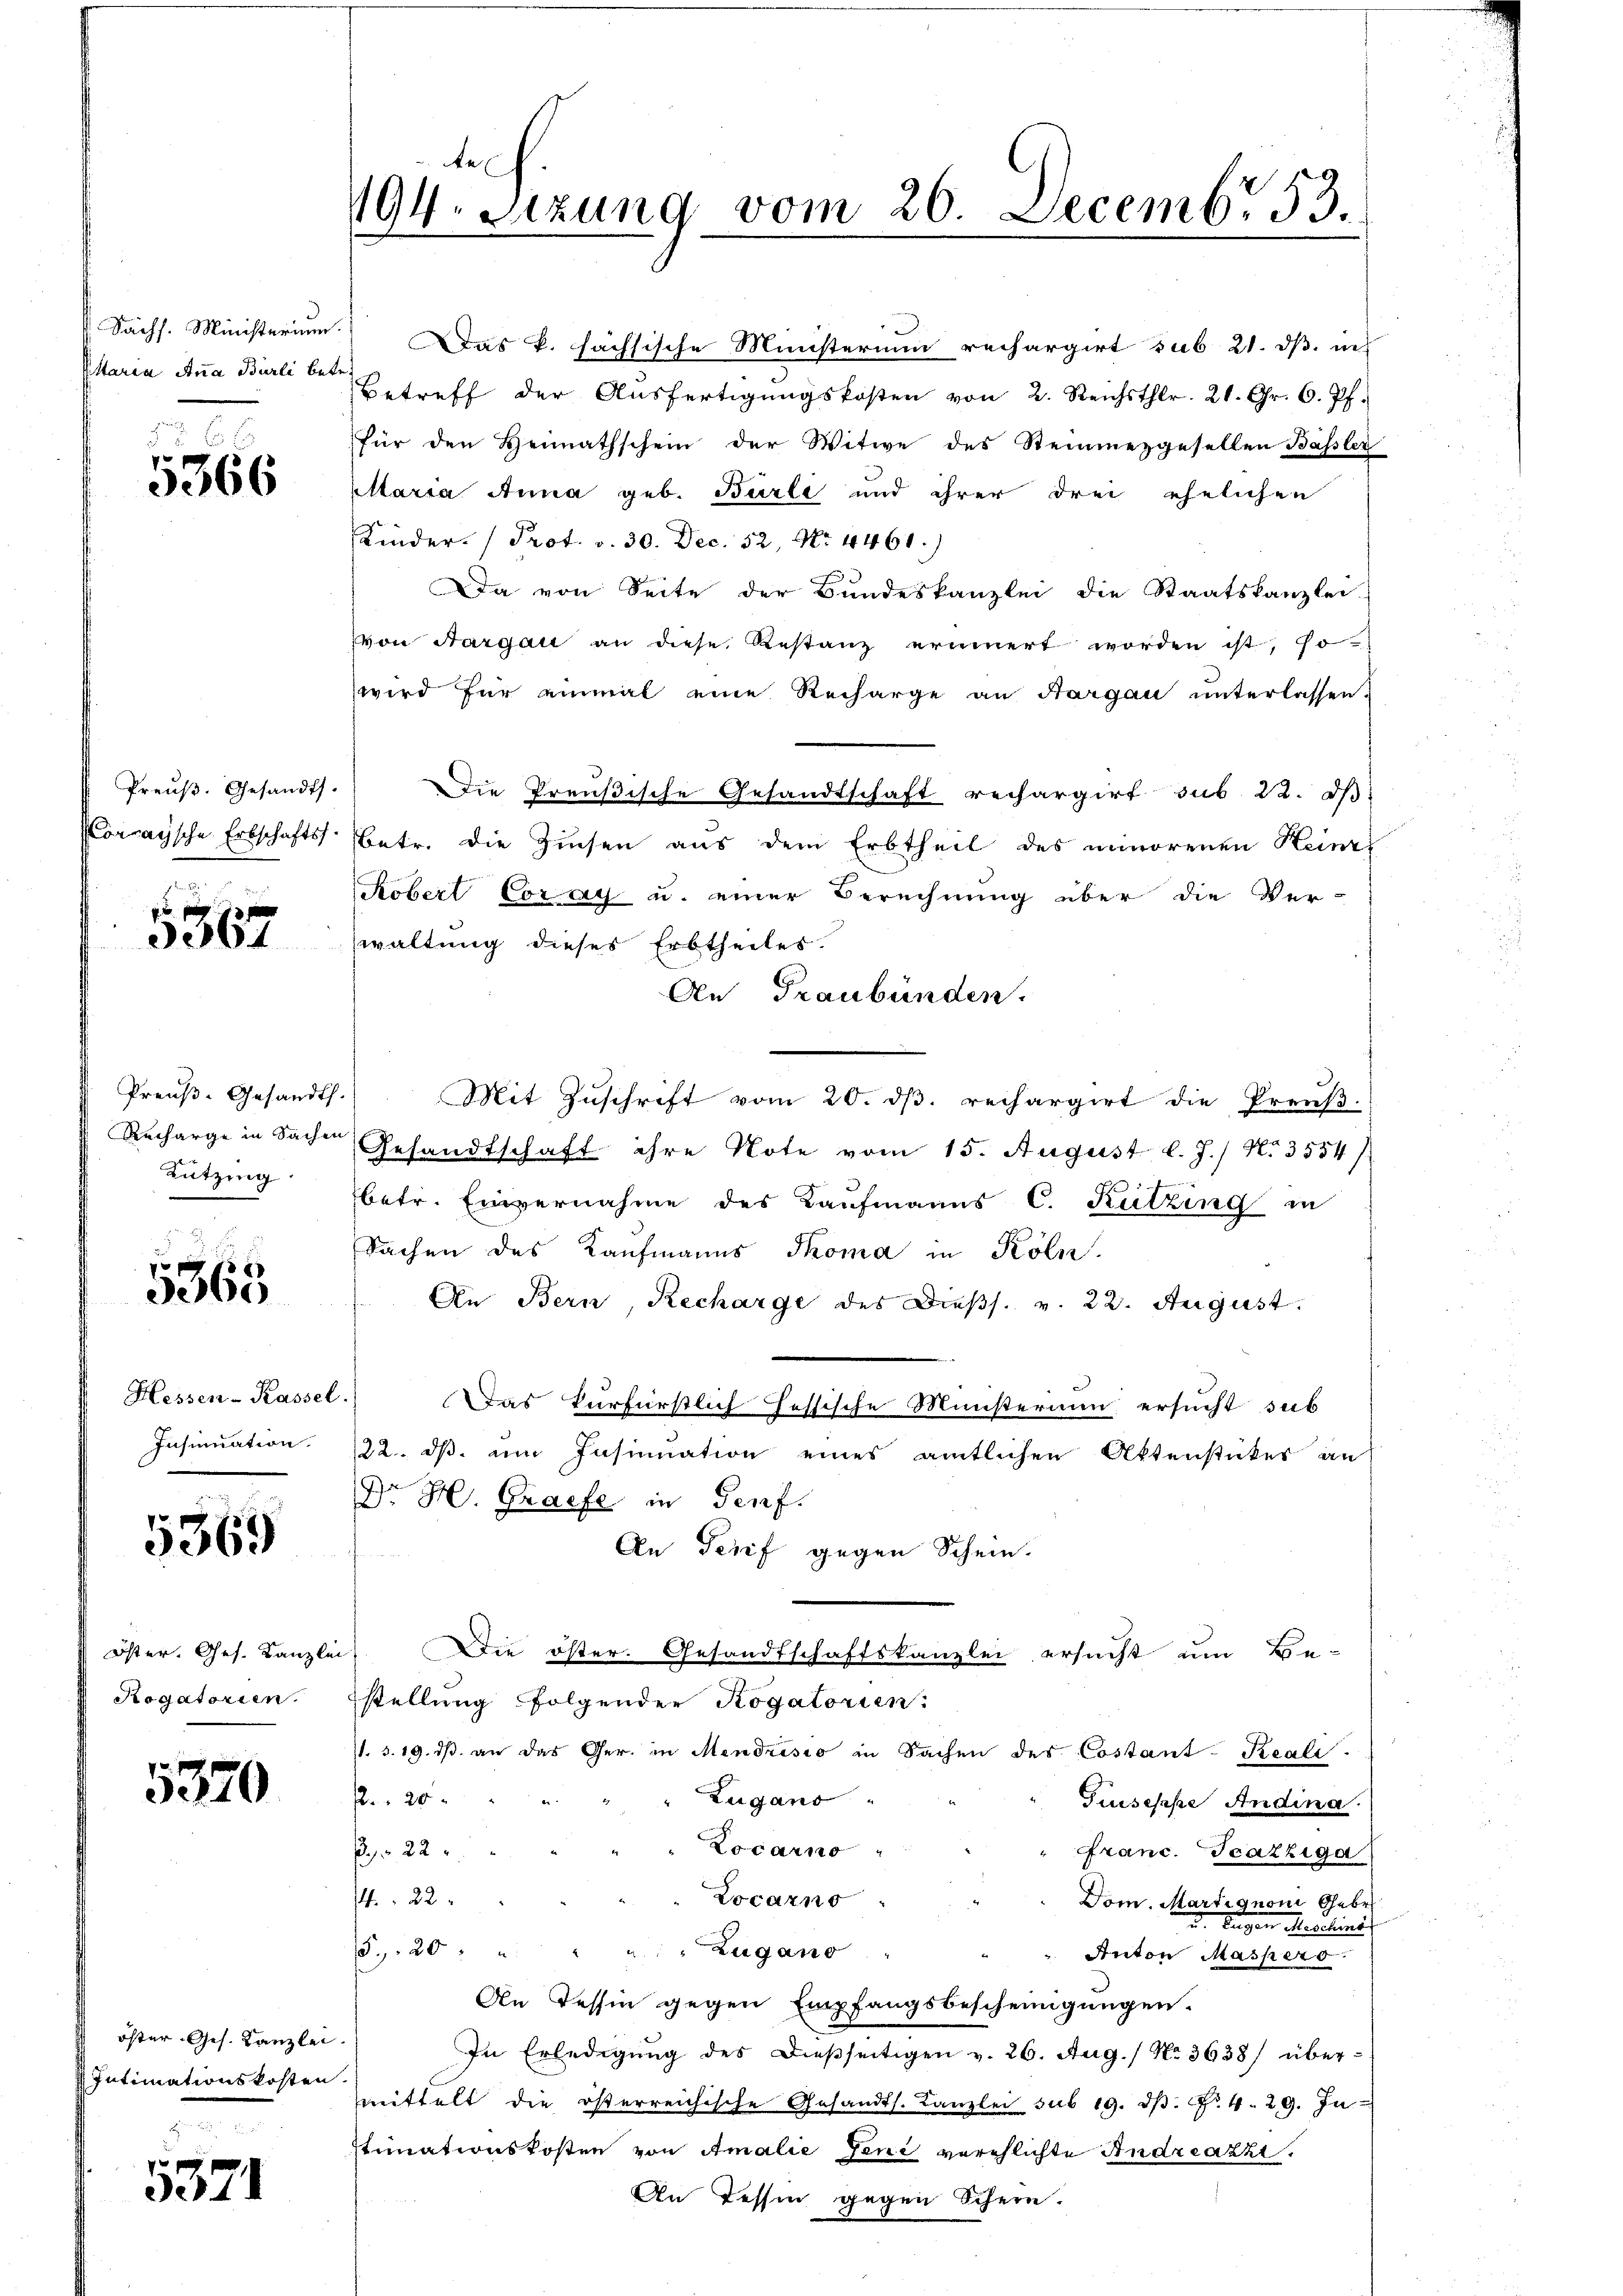
Sächs. Ministerium
ttaria Anna Burli bet

5566

Preuß. Gesandt.
Lorrasche Erbschafts

5367

Preuß-Gesandt.
Rucharge in Sachen
Lutzing.

e
3065

Hessen-Kassel
Insinuation.

5569

öster. Ges. Kanzle
Rogatorien.

5320

öster Ges. Kanzlei.
Intimationskosten

5371

ke
194. Sitzung vom 26. Decembr 53.

Das k. sächsische Ministerium rechargirt sub 21. ds. in
Betreff der Ausfertigŭngskosten von 2. Reichsthlr. 21. Fr. 6. Pf.
für den Heimathschein der Witwe des Steinmezgesellen Basler
Marsa Anna geb. Burli und ihrer drei ehelichen
Kinder. Prot. v. 30. Dec. 52, No. 4461.)
Da von Seite der Bundeskanzlei die Staatskanzlei-
von Aargalt an diese Restanz erinnert worden ist, so
wird für einmal eine Recharge an Hargau unterlassen.
DDie Preußische Gesandtschaft rechargirt sub. 22. dβ.
Betr. die Zinsen aus dem Erbtheil des minorenen Keinzi
Kobert Corat u. einer Berechnung über die Ver-
waltung dieses Erbtheiles.
An Graubünden.
Mit Zuschrift vom 20. ds. rechargirt die Preuß-
Gesandtschaft ihre Note vom 15. August l. J.) No 3554/
betr. Einvernahme des Kaufmanns C. Rutzing in
Sachen des Kaufmanns Thoma in Köln.
An Bern, Recharge des Dieβs. v. 22. August.
Das kurfürstlich hessische Ministerium ersucht sub
/22. dβ am Insinuation eines amtlichen Aktenstücker an
Dr. H. Grafe in Genf.
An Teief gegen Schein.
Die öster. Gesandtschaftskanzlei ersucht um Be-
stellung folgenden Rogatorien:
11. 3. 19. dβ an das Ger. in Mendrisio in Sachen des Costant-Reali.
 20
Zugano
Guseppe Andina.
Locarno
po 22.
ranc. Scazziga
Vocarno
74. 22
Dom. Martignoni Gebr.
u. Eugen Regelins
Zugano
5. 20.
Anton Maspers
An Tessin gegen Empfangsbescheinigungen.
In Erledigung des dießseitigen v. 26. Aug. / No 3638) über-
mmittelt die österreichische Gesandts. Kanzlei sub 19. dβ. Nr. 4. 29. In
stinationskosten von Amalie Jeni verehlichte Andreazzi.
An Tessin gegen Schein.